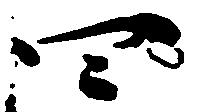
四